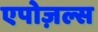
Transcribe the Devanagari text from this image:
एपोज़ल्स